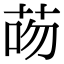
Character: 𦮶